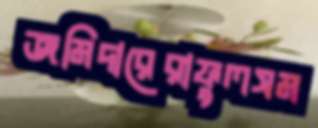
জমিদারেরাফুলসম